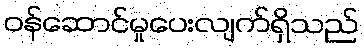
ဝန်ဆောင်မှုပေးလျက်ရှိသည်